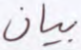
بيان